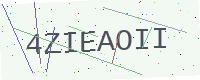
Text: 4ZIEAOII